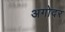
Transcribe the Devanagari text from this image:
अगोदर